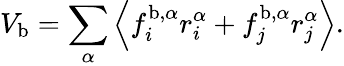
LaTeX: V_{\mathrm{b}}=\sum_{\alpha}\left\langle f_{i}^{\mathrm{b},\alpha}r_{i}^{\alpha}+f_{j}^{\mathrm{b},\alpha}r_{j}^{\alpha}\right\rangle.